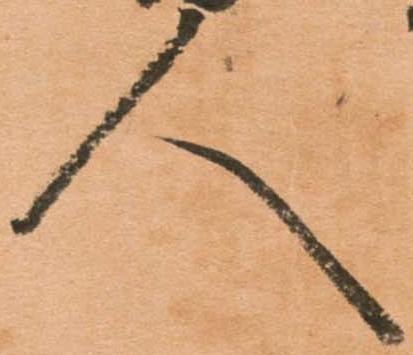
人